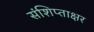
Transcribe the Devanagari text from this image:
संशिप्ताक्षर